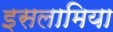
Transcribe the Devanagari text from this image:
इसलामिया